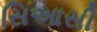
સિઆસી